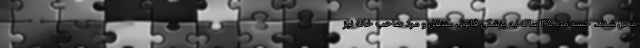
محل شدند. جسد مرد ۳۵ ساله به پزشکی قانونی منتقل و مرد صاحب خانه نیز